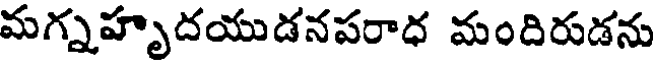
మగ్నహృదయుడనపరాధ మందిరుడను